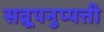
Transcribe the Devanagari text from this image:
सव्रूपनुप्पत्ती